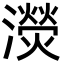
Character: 濙